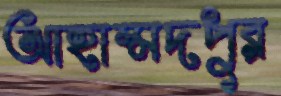
আহাম্মদপুর